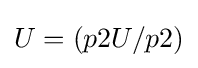
U=(p2U/p2)